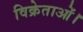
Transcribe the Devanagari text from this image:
विक्रेताओं।